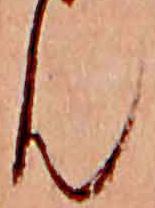
ん